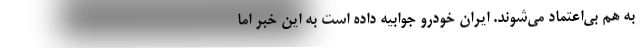
به هم بی‌اعتماد می‌شوند. ایران خودرو جوابیه داده است به این خبر اما